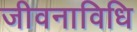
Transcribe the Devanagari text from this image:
जीवनाविधि